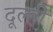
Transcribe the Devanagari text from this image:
दूल्ही